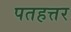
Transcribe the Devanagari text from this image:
पतहत्तर